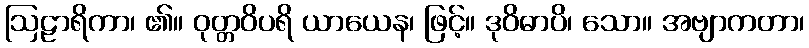
ဩဠာရိကာ၊ ၏။ ဝုတ္တဝိပရိ ယာယေန၊ ဖြင့်။ ဒုဝိဓာပိ၊ သော။ အဗျာကတာ၊